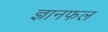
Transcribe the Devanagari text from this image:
ज्ञानफल